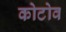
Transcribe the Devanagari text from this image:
कोटोव